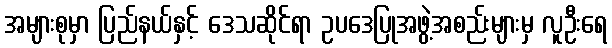
အများစုမှာ ပြည်နယ်နှင့် ဒေသဆိုင်ရာ ဥပဒေပြုအဖွဲ့အစည်းများမှ လူဦးရေ